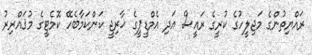
ރައްޔިތުންގެ މަޖިލީހުގެ ކުރީގެ ރައީސް އަދި އެމްޑީޕީގެ ޚާރިޖީ ކަންކަމާބެހޭ ކޮމެޓީގެ މުޤައްރިރު